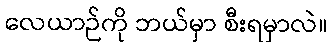
လေယာဉ်ကို ဘယ်မှာ စီးရမှာလဲ။